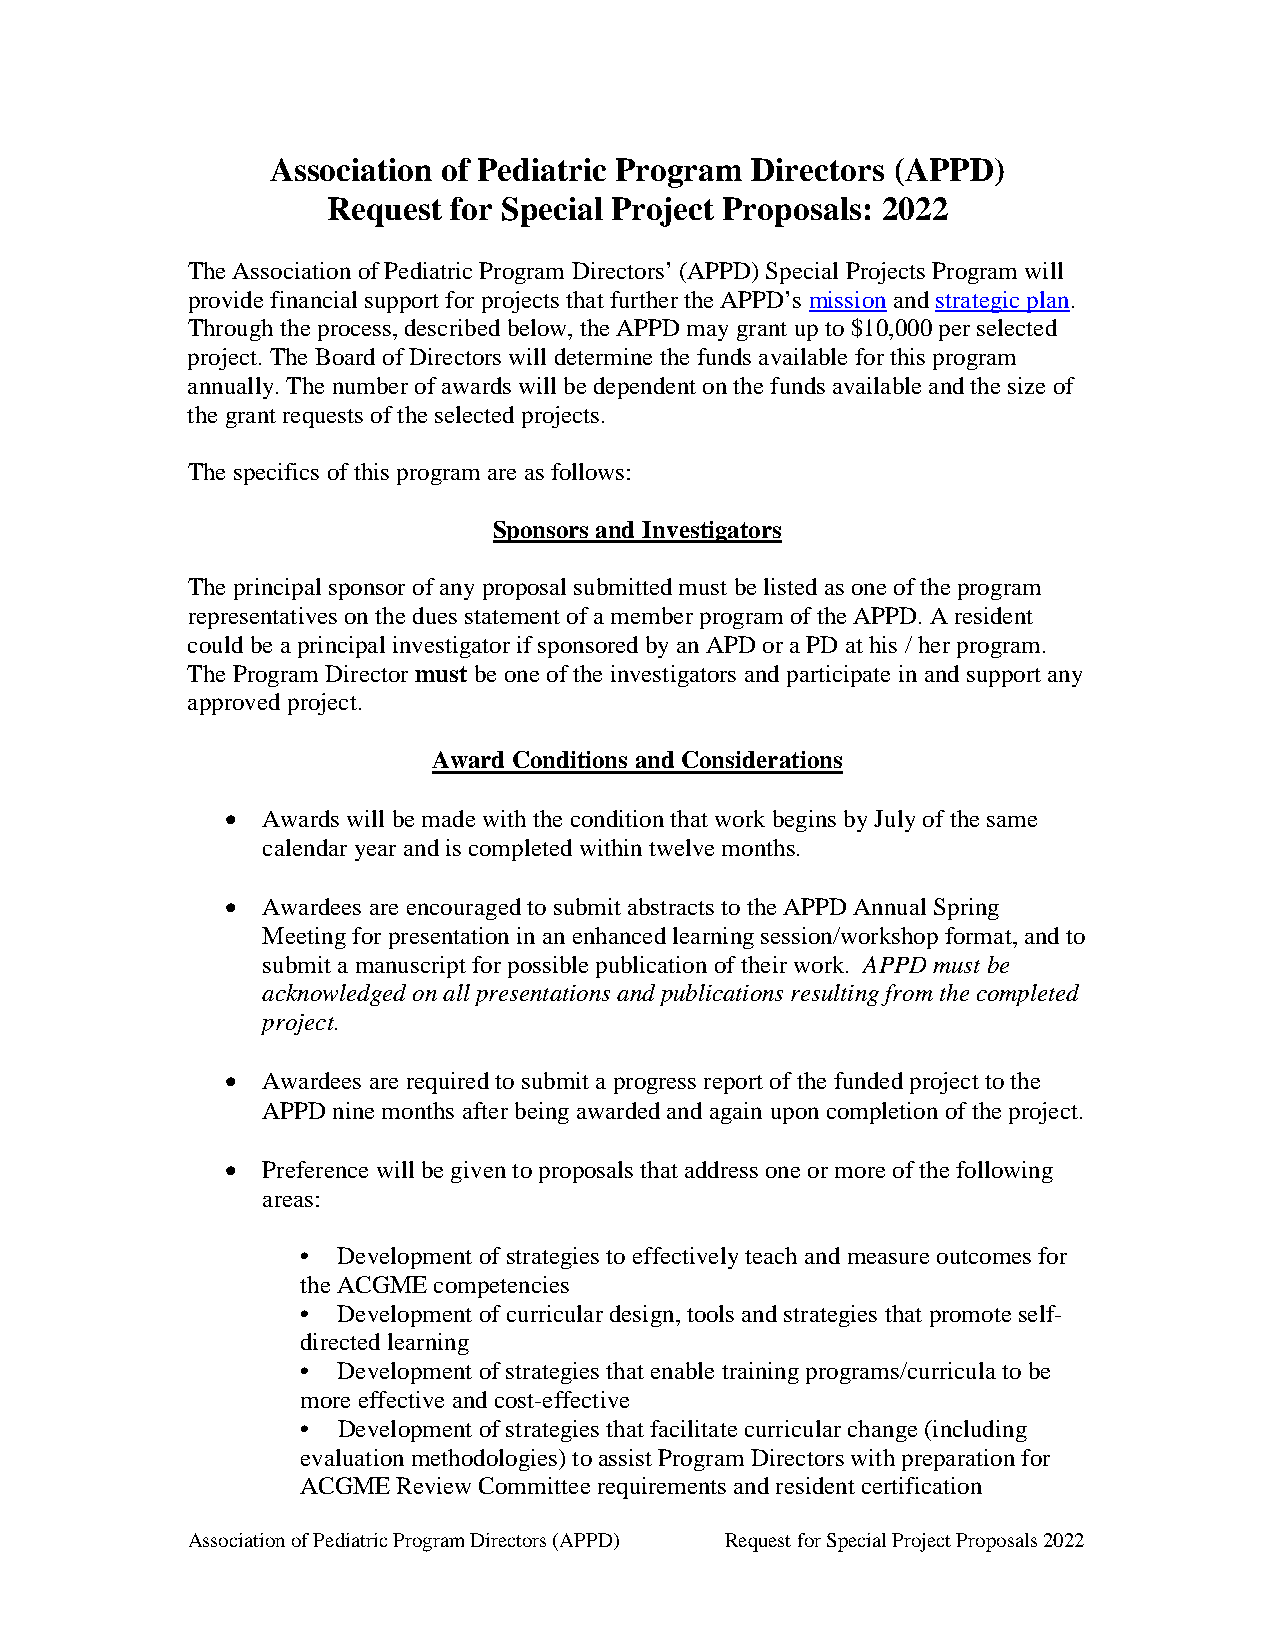
Association of Pediatric Program Directors (APPD)
 Request for Special Project Proposals: 2022
 The Association of Pediatric Program Directors’ (APPD) Special Projects Program will
 provide financial support for projects that further the APPD’s mission and strategic plan.
 Through the process, described below, the APPD may grant up to $10,000 per selected
 project. The Board of Directors will determine the funds available for this program
 annually. The number of awards will be dependent on the funds available and the size of
 the grant requests of the selected projects.
 The specifics of this program are as follows:
 Sponsors and Investigators
 The principal sponsor of any proposal submitted must be listed as one of the program
 representatives on the dues statement of a member program of the APPD. A resident
 could be a principal investigator if sponsored by an APD or a PD at his / her program.
 The Program Director must be one of the investigators and participate in and support any
 approved project.
 Award Conditions and Considerations
 • Awards will be made with the condition that work begins by July of the same
 calendar year and is completed within twelve months.
 • Awardees are encouraged to submit abstracts to the APPD Annual Spring
 Meeting for presentation in an enhanced learning session/workshop format, and to
 submit a manuscript for possible publication of their work. APPD must be
 acknowledged on all presentations and publications resulting from the completed
 project.
 • Awardees are required to submit a progress report of the funded project to the
 APPD nine months after being awarded and again upon completion of the project.
 • Preference will be given to proposals that address one or more of the following
 areas:
 • Development of strategies to effectively teach and measure outcomes for
 the ACGME competencies
 • Development of curricular design, tools and strategies that promote self-
 directed learning
 • Development of strategies that enable training programs/curricula to be
 more effective and cost-effective
 • Development of strategies that facilitate curricular change (including
 evaluation methodologies) to assist Program Directors with preparation for
 ACGME Review Committee requirements and resident certification
 Association of Pediatric Program Directors (APPD) Request for Special Project Proposals 2022